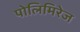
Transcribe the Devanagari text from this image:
पोलिमिरेज